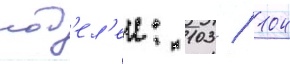
мод'ел'еи: 103 / 104